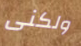
ولكنى